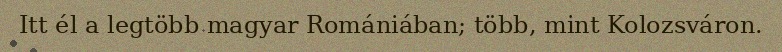
Itt él a legtöbb magyar Romániában; több, mint Kolozsváron.